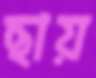
ছায়